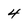
Character: 4